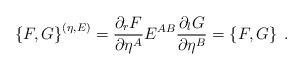
LaTeX: \begin{align*}\left\{F,G\right\}^{(\eta,E)}=\frac{\partial_r F}{\partial \eta^A}E^{AB}\frac{\partial_l G}{\partial \eta^B }=\left\{F,G\right\}\;.\end{align*}